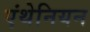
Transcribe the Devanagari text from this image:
एंथेनियन